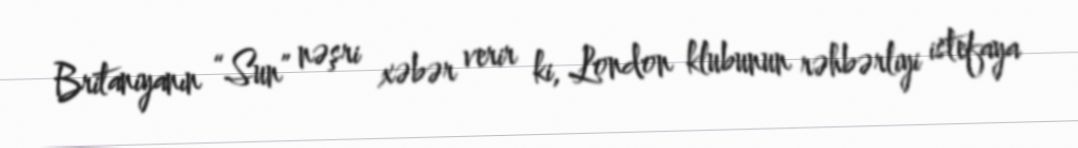
Britaniyanın “Sun” nəşri xəbər verir ki, London klubunun rəhbərliyi istefaya